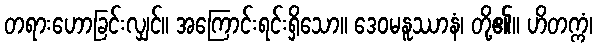
တရားဟောခြင်းလျှင်။ အကြောင်းရင်းရှိသော။ ဒေဝမနူဿာနံ၊ တို့၏။ ဟိတက္ကံ၊